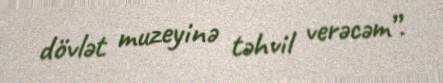
dövlət muzeyinə təhvil verəcəm”.